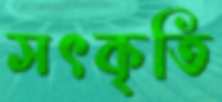
সৎকৃতি